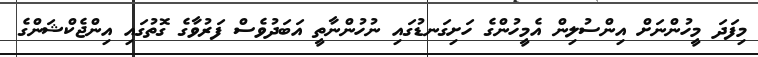
މިފަދަ މީހުންނަށް އިންސުލިން އެމީހުންގެ ހަށިގަނޑުގައި ނުހުންނާތީ އަބަދުވެސް ފަރުވާގެ ގޮތުގައި އިންޖެކްޝަންގެ